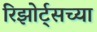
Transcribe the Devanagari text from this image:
रिझोर्ट्सच्या